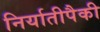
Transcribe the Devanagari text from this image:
निर्यातीपैकी